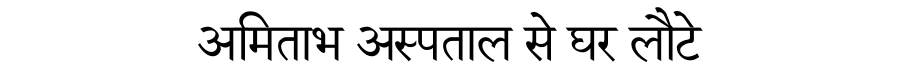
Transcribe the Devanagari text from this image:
अमिताभ अस्पताल से घर लौटे